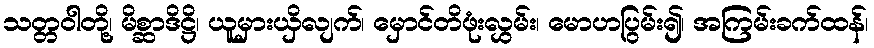
သတ္တဝါတို့၊ မိစ္ဆာဒိဋ္ဌိ၊ ယူမှားယှိလျက်၊ မှောင်တိဖုံးလွှမ်း၊ မောဟပြွမ်း၍၊ အကြမ်းခက်ထန်၊